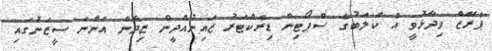
ޕެރޭޒް ވިދާޅުވީ އެ ކްލަބުގެ ސްޕޯޓިން ޑިރެކްޓަރު ޒައިނުއްދީން ޒިދާން އަންނަ ސީޒަނުގައި